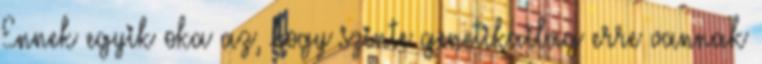
Ennek egyik oka az, hogy szinte genetikailag erre vannak